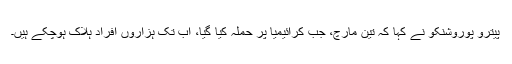
پیترو پوروشنکو نے کہا کہ تین مارچ، جب کرائیمیا پر حملہ کیا گیا، اب تک ہزاروں افراد ہلاک ہوچکے ہیں۔